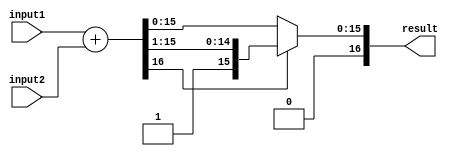
module FixedPointAdder (
  input [15:0] input1, // 16-bit input with 8 integer bits and 8 fractional bits
  input [15:0] input2,
  output reg [16:0] result // 17-bit output with 8 integer bits and 9 fractional bits
);

// Parameters for the fixed-point format
parameter INT_BITS = 8;
parameter FRAC_BITS = 8;

// Internal signals
reg [16:0] sum;
reg carry;

// Perform fixed-point addition
always @* begin
  // Perform integer addition
  sum = input1 + input2;

  // Handle overflow condition
  if(sum[16] == 1) begin
    carry = 1;
    sum = sum >> 1; // Shift right to align the result
  end else begin
    carry = 0;
  end
end

// Output the result with proper alignment
always @* begin
  if(carry == 1) begin
    result = {sum[16], sum[15:0]};
  end else begin
    result = {1'b0, sum[15:0]};
  end
end

endmodule